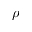
\rho